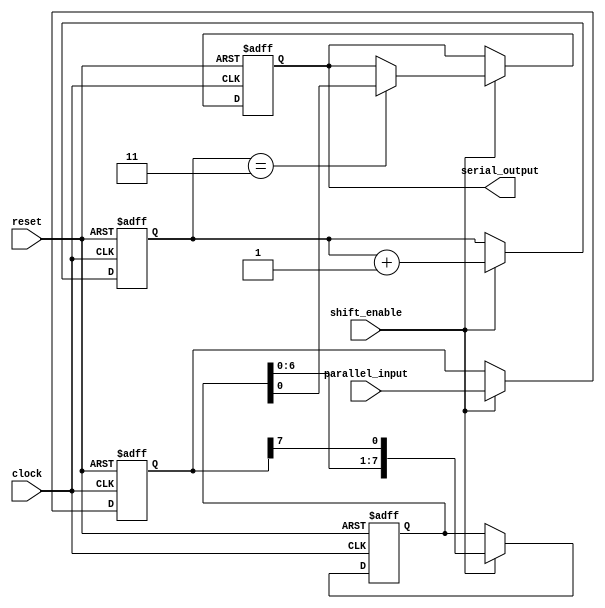
module PISO(
    input [7:0] parallel_input,
    input clock,
    input shift_enable,
    input reset,
    output serial_output
);

reg [7:0] data_reg;
reg [7:0] shift_reg;
reg serial_out_reg;
reg [2:0] counter;

always @(posedge clock or posedge reset) begin
    if (reset) begin
        data_reg <= 8'b0;
        shift_reg <= 8'b0;
        counter <= 3'b0;
        serial_out_reg <= 1'b0;
    end else begin
        if (shift_enable) begin
            data_reg <= parallel_input;
            shift_reg <= {shift_reg[6:0], data_reg[7]};
            counter <= counter + 1;

            if (counter == 3) begin
                serial_out_reg <= shift_reg[0];
            end
        end
    end
end

assign serial_output = serial_out_reg;

endmodule